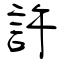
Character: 許